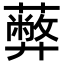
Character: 𦿔